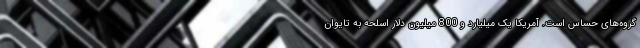
گروه‌های حساس است. آمریکا یک میلیارد و 800 میلیون دلار اسلحه به تایوان